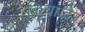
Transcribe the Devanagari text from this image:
किया।देर